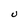
Character: U